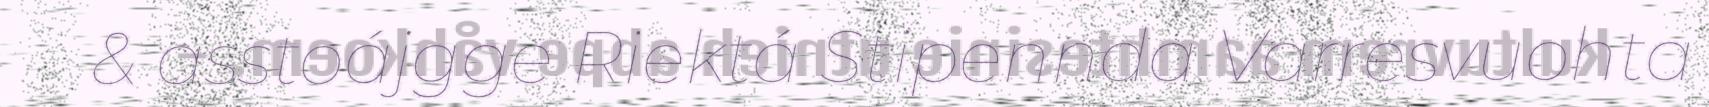
& asstoájgge Riektá Stipennda Varresvuohta